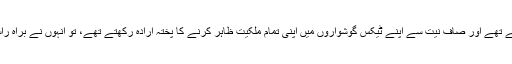
مثلاً اگر شریف خاندان کے افراد واقعی اپنی قانونی دولت سے لندن میں 6 فلیٹ خریدنا چاہتے تھے اور صاف نیت سے اپنے ٹیکس گوشواروں میں اپنی تمام ملکیت ظاہر کرنے کا پختہ ارادہ رکھتے تھے، تو انہوں نے براہِ راست خریدنے کے بجائے برٹش ورجن آئلینڈز میں کمپنیوں کو ذریعہ بنا کر ہی کیوں خریدا؟